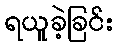
ရယူခဲ့ခြင်း